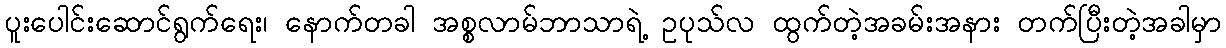
ပူးပေါင်းဆောင်ရွက်ရေး၊ နောက်တခါ အစ္စလာမ်ဘာသာရဲ့ ဥပုသ်လ ထွက်တဲ့အခမ်းအနား တက်ပြီးတဲ့အခါမှာ